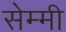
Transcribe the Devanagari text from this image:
सेम्मी